Scottish Leaving Certificate Examination, 1951
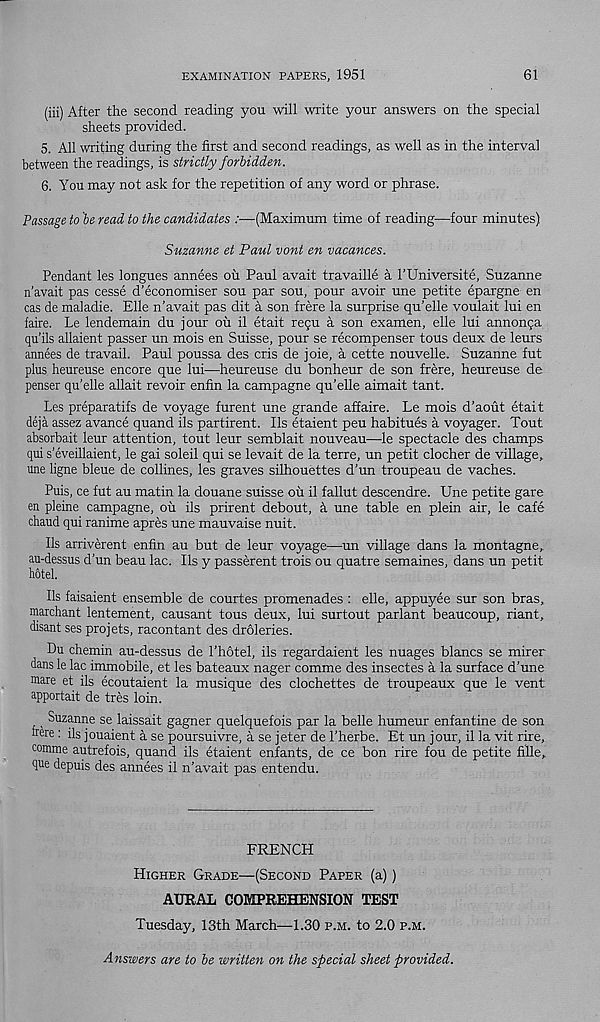
EXAMINATION PAPERS, 1951
61
(iii) After the second reading you will write your answers on the special
sheets provided.
5. All writing during the first and second readings, as well as in the interval
between the readings, is strictly forbidden.
6. You may not ask for the repetition of any word or phrase.
Passage to be read to the candidates :■ —(Maximum time of reading—four minutes)
Suzanne et Paul vont en vacances.
Pendant les longues annees ou Paul avait travaille a I’Universite, Suzanne
n’avait pas cesse d’economiser sou par sou, pour avoir une petite epargne en
cas de maladie. Elle n'avait pas dit a son frere la surprise qu’elle voulait lui en
faire. Le lendemain du jour ou il etait regu a son examen, elle lui annonga
qu’ils allaient passer un mois en Suisse, pour se recompenser tous deux de leurs
annees de travail. Paul poussa des cris de joie, a cette nouvelle. Suzanne fut
plus heureuse encore que lui—heureuse du bonheur de son frere, heureuse de
penser qu’elle allait revoir enfin la campagne qu’elle aimait tant.
Les preparatifs de voyage furent une grande affaire. Le mois d’aout etait
deja assez avance quand ils partirent. Ils etaient peu habitues a voyager. Tout
absorbait leur attention, tout leur semblait nouveau—le spectacle des champs
qui s’eveillaient, le gai soleil qui se levait de la terre, un petit clocher de village,
une ligne bleue de collines, les graves silhouettes d’un troupeau de vaches.
Puis, ce fut au matin la douane suisse ou il fallut descendre. Une petite gare
en pleine campagne, oil ils prirent debout, k une table en plein air, le cafe
chaud qui ranime apres une mauvaise nuit.
Ils arriverent enfin au but de leur voyage—un village dans la montagne,
au-dessus d’un beau lac. Ils y passerent trois ou quatre semaines, dans un petit
hotel.
Ils faisaient ensemble de courtes promenades : elle, appuyee sur son bras,
marchant lentement, causant tous deux, lui surtout parlant beaucoup, riant,
disant ses projets, racontant des droleries.
Du chemin au-dessus de I’hotel, ils regardaient les nuages blancs se mirer
dans le lac immobile, et les bateaux nager comme des insectes a la surface d’une
mare et ils ecoutaient la musique des clochettes de troupeaux que le vent
apportait de tres loin.
Suzanne se laissait gagner quelquefois par la belle humeur enfantine de son
here: ils jouaient a se poursuivre, a se jeter de I’herbe. Et un jour, il la vit rire,
comme autrefois, quand ils etaient enfants, de ce bon rire fou de petite fille,
pe depuis des annees il n’avait pas entendu.
FRENCH
Higher Grade—(Second Paper (a))
AURAL COMPREHENSION TEST
Tuesday, 13th March—1.30 p.m. to 2.0 p.m.
Answers are to be written on the special sheet provided.